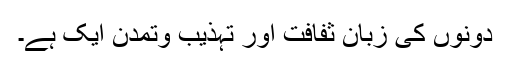
دونوں کی زبان ثفافت اور تہذیب وتمدن ایک ہے۔